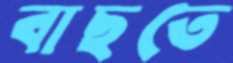
বাছতে